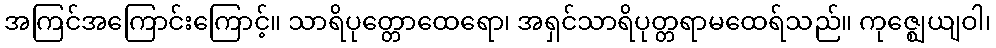
အကြင်အကြောင်းကြောင့်။ သာရိပုတ္တောထေရော၊ အရှင်သာရိပုတ္တရာမထေရ်သည်။ ကုဇ္ဈေယျဝါ၊